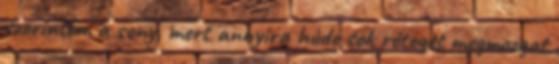
szerintem a sony, mert annyira húde sok réteget megmozgat